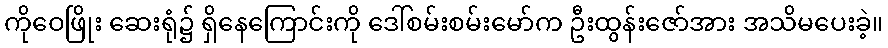
ကိုဝေဖြိုး ဆေးရုံ၌ ရှိနေကြောင်းကို ဒေါ်စမ်းစမ်းမော်က ဦးထွန်းဇော်အား အသိမပေးခဲ့။